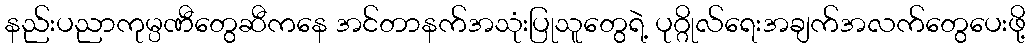
နည်းပညာကုမ္ပဏီတွေဆီကနေ အင်တာနက်အသုံးပြုသူတွေရဲ့ ပုဂ္ဂိုလ်ရေးအချက်အလက်တွေပေးဖို့